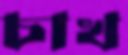
চাখ